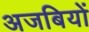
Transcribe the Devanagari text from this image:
अजबियों